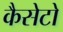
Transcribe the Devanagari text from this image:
कैसेटो